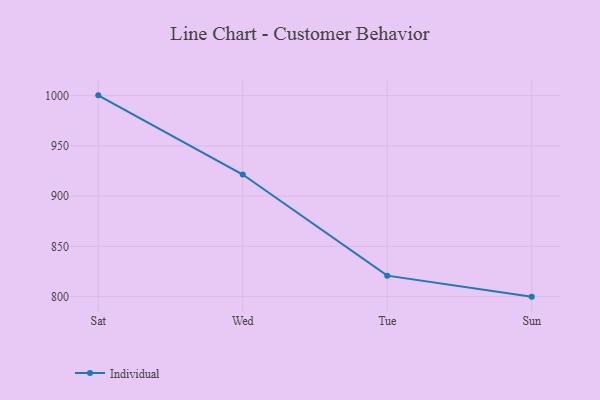
{"axis": {"x": "Day", "y": "Latency (ms)"}, "legend": ["Individual"], "data": [{"x": "Sat", "y": 1000.3, "type": "Individual"}, {"x": "Wed", "y": 921.5, "type": "Individual"}, {"x": "Tue", "y": 820.9, "type": "Individual"}, {"x": "Sun", "y": 800, "type": "Individual"}]}